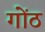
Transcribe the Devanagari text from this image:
गोंठ